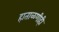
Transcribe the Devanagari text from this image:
हाताळणीही